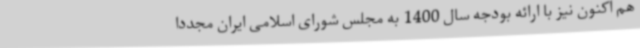
هم اکنون نیز با ارائه بودجه سال 1400 به مجلس شورای اسلامی ایران مجددا